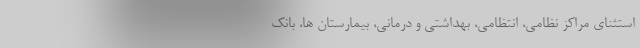
استثنای مراکز نظامی، انتظامی، بهداشتی و درمانی، بیمارستان ها، بانک